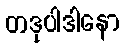
တဒုပါဒါနော